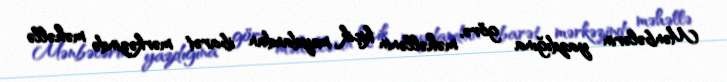
Mənbələrin yazdığına görə, məhəllənin kiçik meydandan ibarət mərkəzində məhəllə